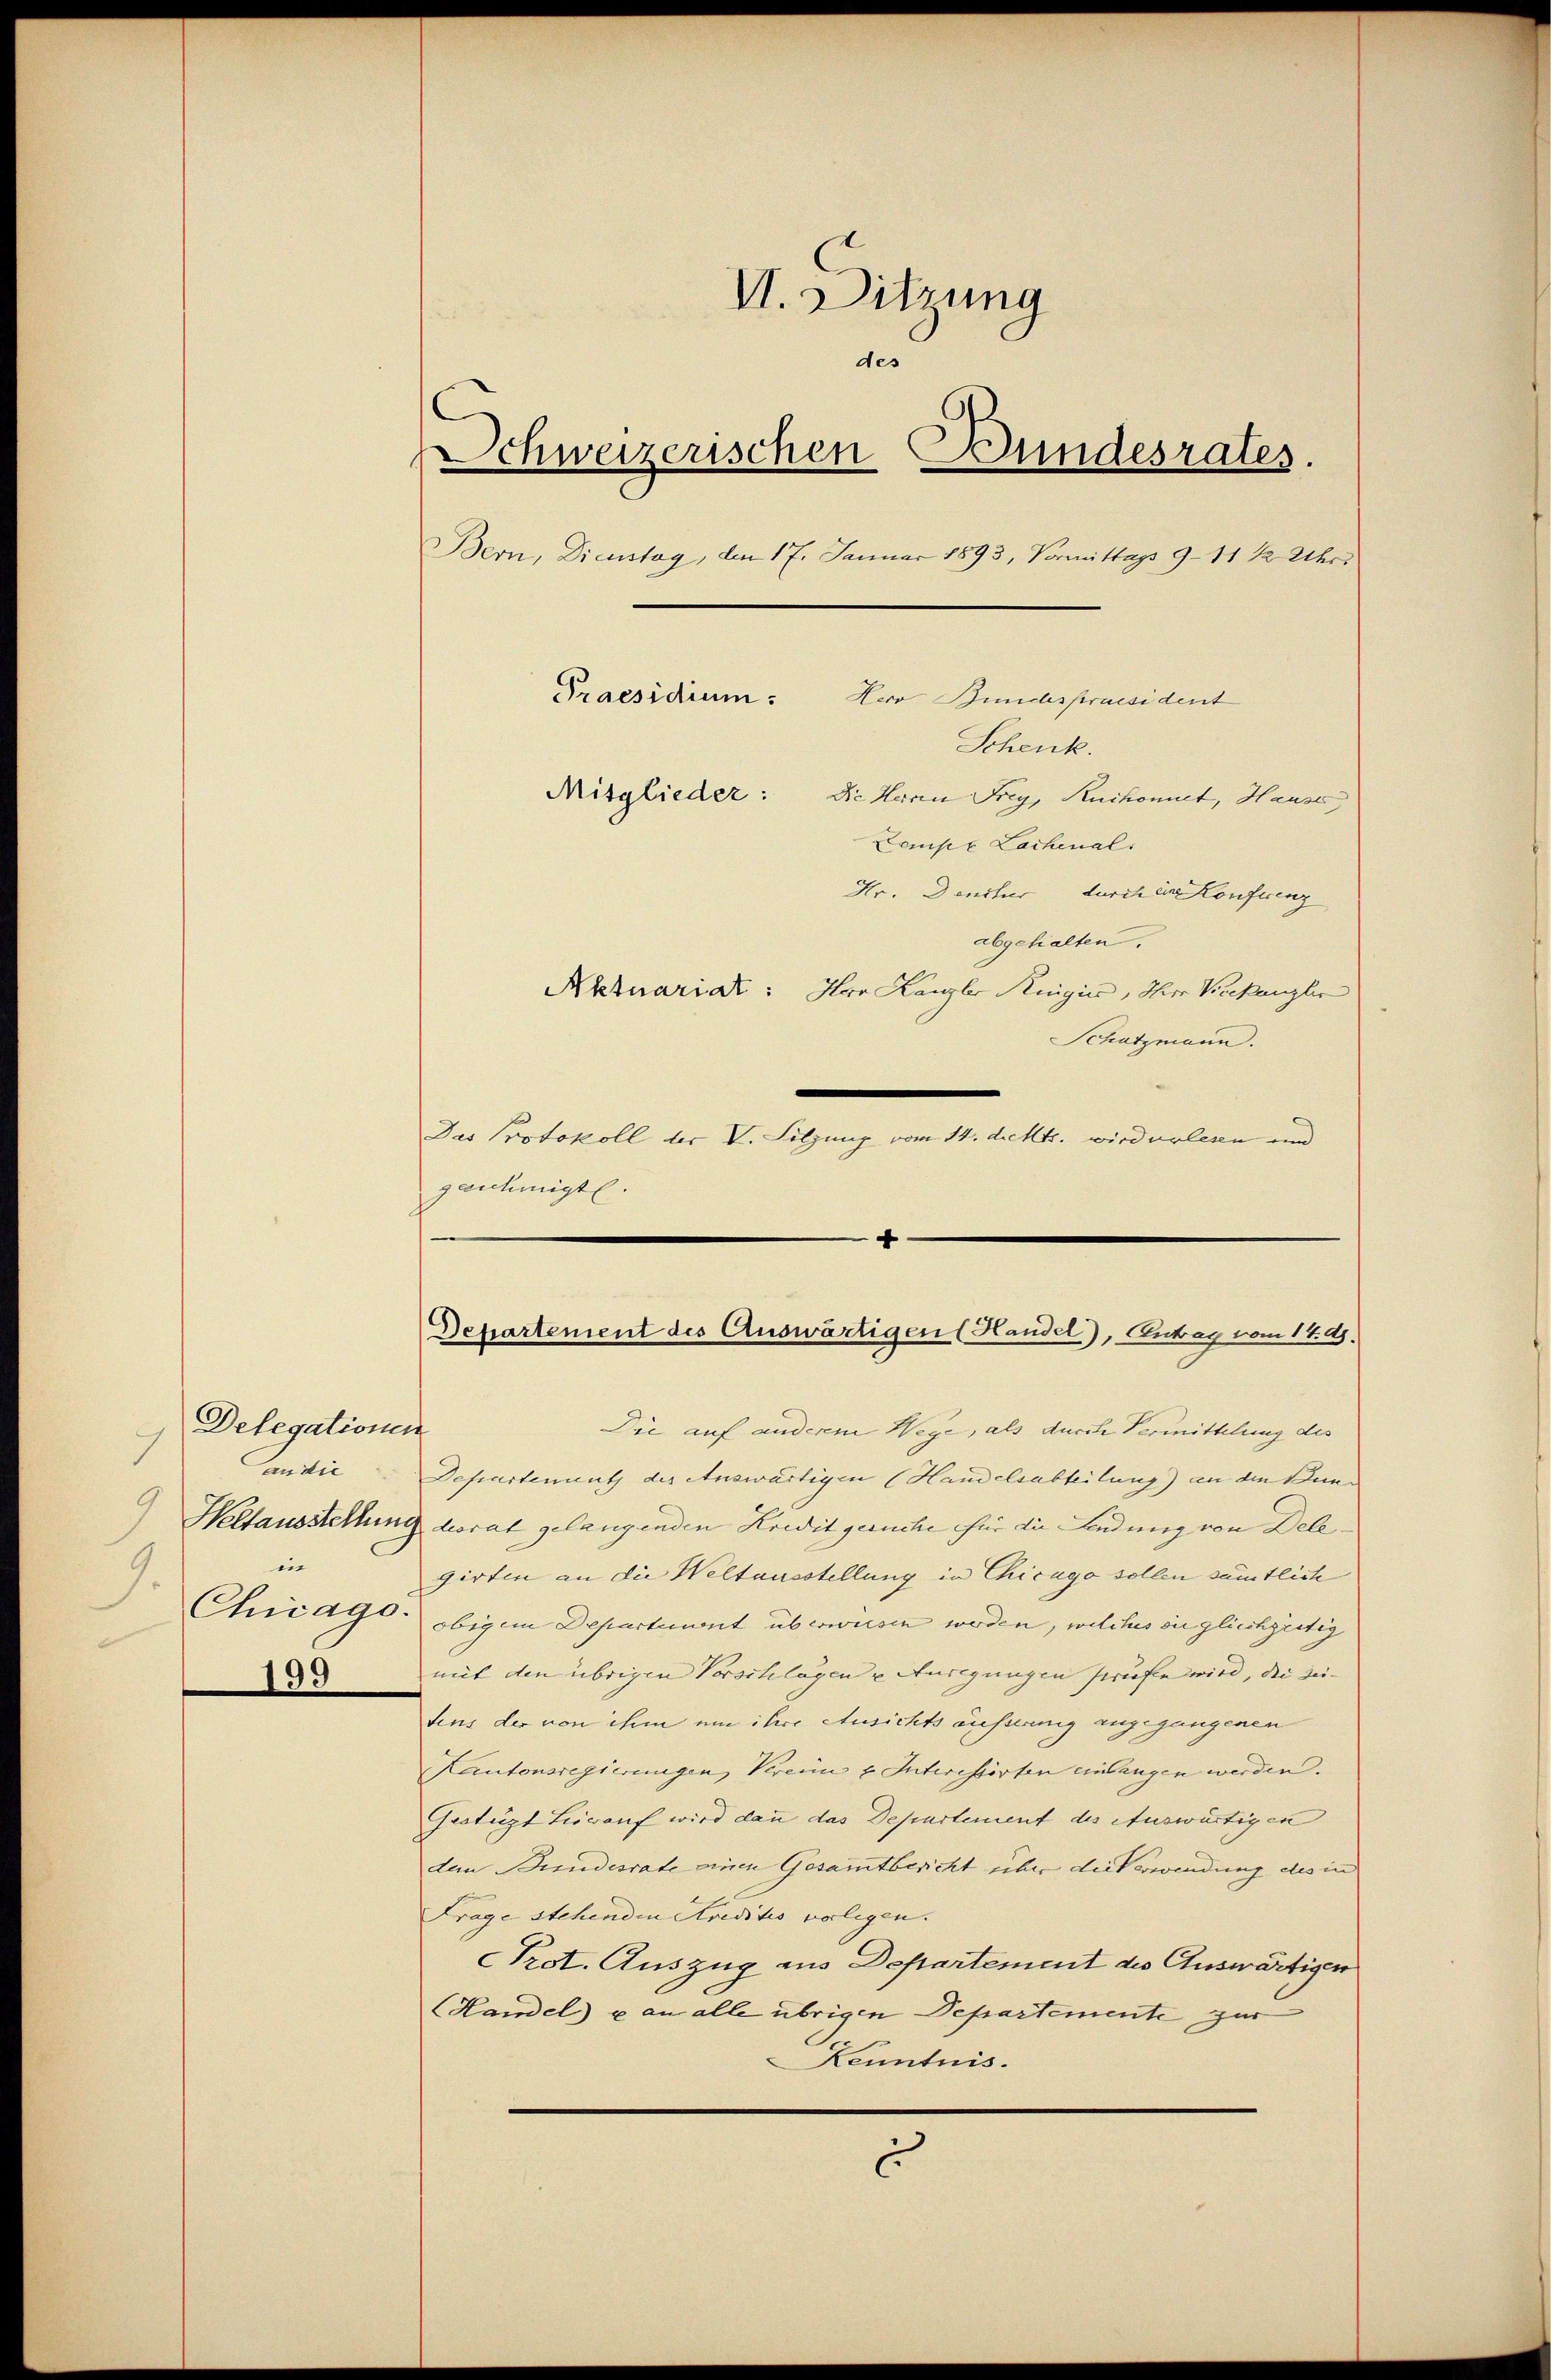
Delegationen
an die
9
in
.
Chicago.

199

VI. Ditzung
des
Schweizerischen Bundesrates.
Bern, Dienstag, der 17. Januar 1893, Vormittags 9-11 ½ Uhr
Praesidium.
Hero Bundespraesident
Schenk.
Mitglieder: Die Herrn Frey, Ruckomit, Hause
Lampe Lachenal
Hr. Denitur durch ein Konferenz
abgehalten.
Aktuariat: Hr. Kanzler Regier, Herr Verkanzler
Schatzmann.

Das Protokoll der V. Silzung vom 14. d. Mts. wird erlesen und
genehmigt.

Die auf anderem Wege, als durch Vermittelung des
Departennath der Auswärtigen (Handelsabteilung) an die Bun¬
Weltausstellung vorat gelangenden Kredit geruche für die Ladung von Dele
girten an die Weltausstellung in Chicago sollen sämtlich
obigem Departement überwiesen werden, welches ou gleichzeitig
mit den übrigen Vorschlagen u Anregungen strafe wird, die seitens der von ihm um ihre Ansichts ausserung angegangenen
Kantonsregierungen, Verein u. Interessirten einlangen werden.
Gestüzt Lierauf wird dann das Departement des Auswärtigen
den Bundesrate einen Gesammtbericht über die Verwendung des in
Frage stehenden Kreditis vorligen.
Prot. Auszug aus Departement des Auswärtigen
Handel u an alle übrigen Departemente zur
Kenntnis.
.
c

4
Departement des Auswärtigen (Handel), Antrag vom 14. d.